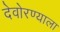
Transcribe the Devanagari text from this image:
देवोरण्याला